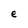
Character: e